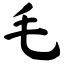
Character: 毛